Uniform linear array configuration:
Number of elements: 4
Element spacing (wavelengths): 0.75
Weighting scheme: binomial
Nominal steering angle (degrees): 45
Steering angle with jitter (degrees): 46.963
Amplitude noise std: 0.05
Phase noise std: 0.05

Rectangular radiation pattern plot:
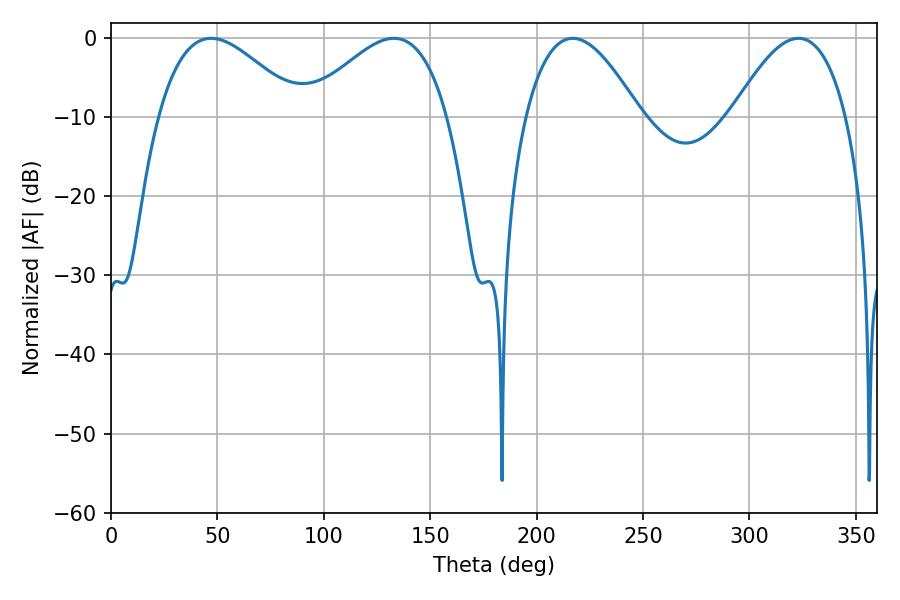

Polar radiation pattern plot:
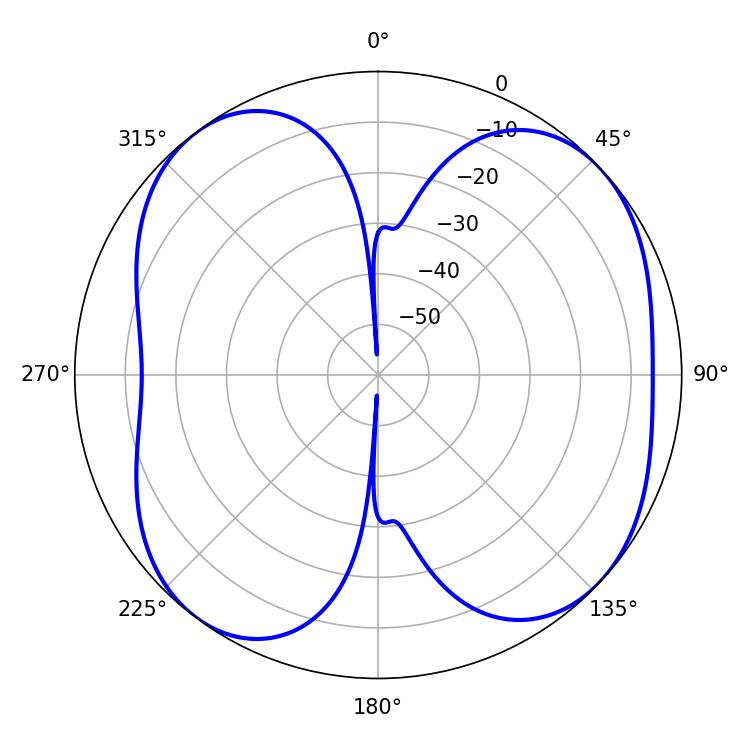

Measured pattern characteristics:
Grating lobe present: TRUE
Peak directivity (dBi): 7.732
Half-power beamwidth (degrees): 36.18
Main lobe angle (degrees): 46.98